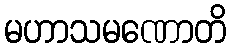
မဟာသမဏောတိ